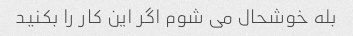
بله خوشحال می شوم اگر این کار را بکنید